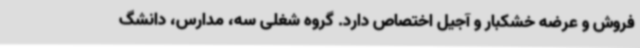
فروش و عرضه خشکبار و آجیل اختصاص دارد. گروه شغلی سه، مدارس، دانشگ